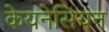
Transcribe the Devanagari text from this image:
केयनेसियन